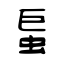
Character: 螶